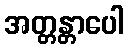
အတ္တန္တာပေါ